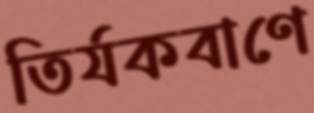
তির্যকবাণে